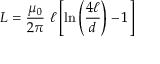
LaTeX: L = { \frac { \mu _ { 0 } } { 2 \pi } } \ \ell \left[ \ln \left( { \frac { 4 \ell } { d } } \right) - 1 \right]